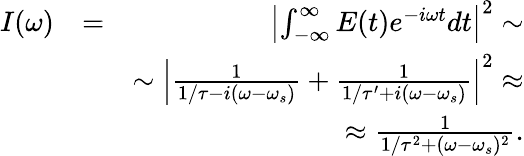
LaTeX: \begin{array}{rlr}{I(\omega)}&{=}&{\left|\int_{-\infty}^{\infty}E(t)e^{-i\omega t}dt\right|^{2}\sim}\\ &{}&{\sim\left|\frac{1}{1/\tau-i(\omega-\omega_{s})}+\frac{1}{1/\tau^{\prime}+i(\omega-\omega_{s})}\right|^{2}\approx}\\ &{}&{\approx\frac{1}{1/\tau^{2}+(\omega-\omega_{s})^{2}}.}\end{array}